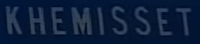
KHEMISSET